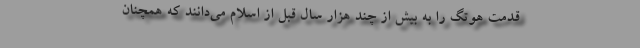
قدمت هوتگ را به بیش از چند هزار سال قبل از اسلام می‌دانند که همچنان